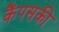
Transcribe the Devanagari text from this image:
कैंपसकी